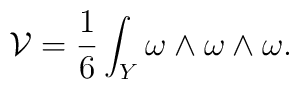
{\cal V}=\frac{1}{6}\int_{Y}\omega\wedge\omega\wedge\omega.